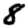
Digit: 8